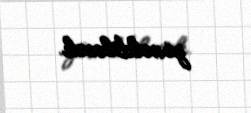
yönəldiləcək.